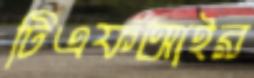
টিএফআইর